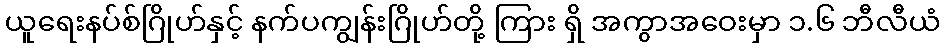
ယူရေးနပ်စ်ဂြိုဟ်နှင့် နက်ပကျွန်းဂြိုဟ်တို့ ကြား ရှိ အကွာအဝေးမှာ ၁.၆ ဘီလီယံ